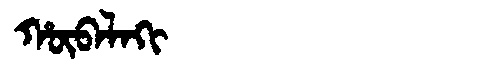
Manchu: ᡥᡡᠪᠠᠯᠠᡴᡳ
Romanization: HŪBALAKI